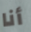
أنا